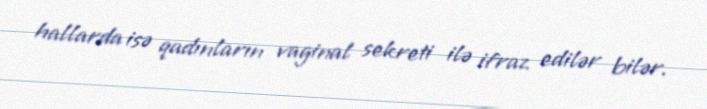
hallarda isə qadınların vaginal sekreti ilə ifraz edilər bilər.